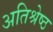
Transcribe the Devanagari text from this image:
अतिश्रेष्‍ठ